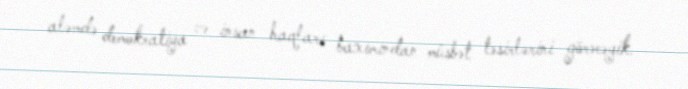
aləmdə demokratiya və insan haqları baxımından müsbət təsirlərini görəcəyik.